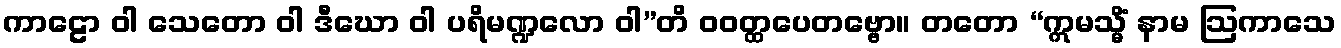
ကာဠော ဝါ သေတော ဝါ ဒီဃော ဝါ ပရိမဏ္ဍလော ဝါ”တိ ဝဝတ္ထပေတဗ္ဗော။ တတော “ဣမသ္မိံ နာမ ဩကာသေ